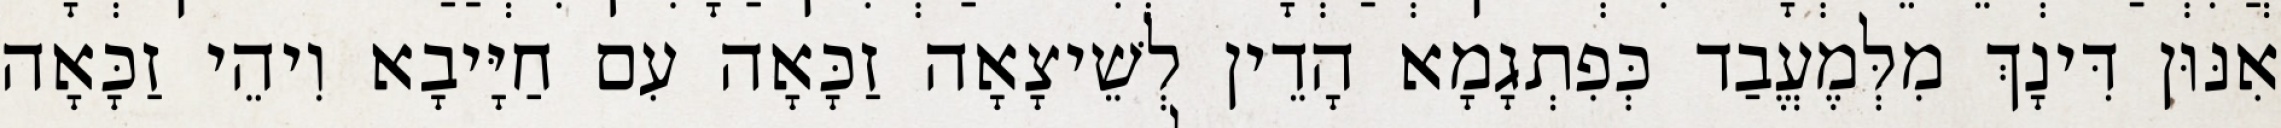
אִנּוּן דִּינָךְ מִלְּמֶעֱבַד כְּפִתְגָמָא הָדֵין לְשֵׁיצָאָה זַכָּאָה עִם חַיָּיבָא וִיהֵי זַכָּאָה